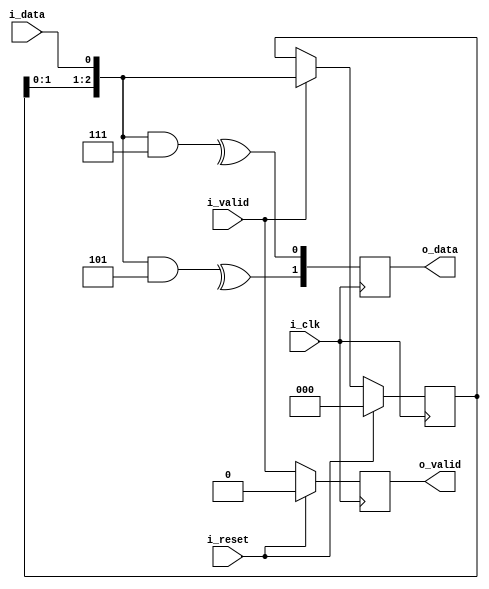
module viterbi_enc #(parameter p_size_polinom = 3, parameter p_polinom_0 = 3'b111, parameter p_polinom_1 = 3'b101, parameter p_defoult_state = 3'b000)(
    i_clk,
    i_reset,
    i_data,
    i_valid,
    o_data,
    o_valid
    );

    input                           i_clk;
    input                           i_reset;
    input                           i_data;
    input                           i_valid;
    output  [1:0]                   o_data;
    output                          o_valid;

    reg     [p_size_polinom-1:0]    r_shift = p_defoult_state;
    reg                             r_ovalid = 0;
    reg     [1:0]                   r_odata;

    wire    [p_size_polinom-1:0]    w_shift = {r_shift, i_data};
    wire    [p_size_polinom-1:0]    w_p0 = w_shift & p_polinom_0;
    wire    [p_size_polinom-1:0]    w_p1 = w_shift & p_polinom_1;

    assign  o_data = r_odata;
    assign  o_valid = r_ovalid;

    always @(posedge i_clk) begin : a_reg_shift;
        if(i_reset)         r_shift <= p_defoult_state;
        else if(i_valid)    r_shift <= w_shift;
    end

    always @(posedge i_clk) begin
        r_odata[0] <= ^w_p0;
        r_odata[1] <= ^w_p1;
    end

    always @(posedge i_clk) begin : a_valid
        if(i_reset)         r_ovalid <= 0;
        else                r_ovalid <= i_valid;
    end

    
endmodule